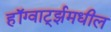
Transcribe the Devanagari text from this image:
हॉग्वार्ट्झमधील